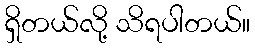
ရှိတယ်လို့ သိရပါတယ်။